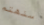
سنهتم